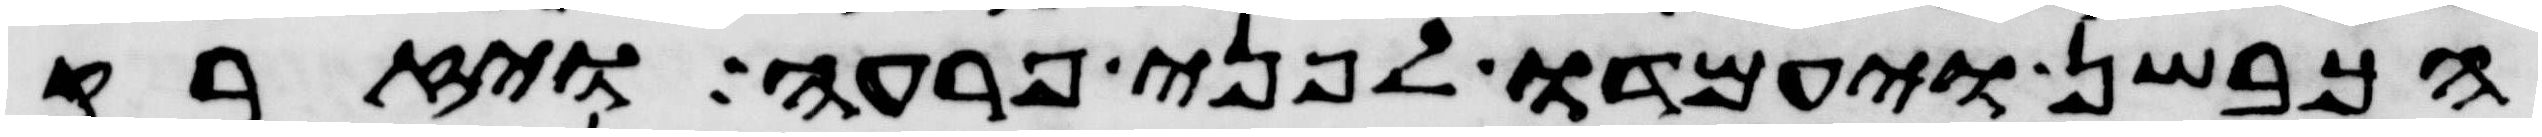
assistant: הכבשן ויעמדו לפני פרעה ויזרק